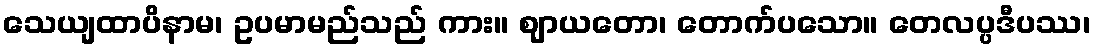
သေယျထာပိနာမ၊ ဥပမာမည်သည် ကား။ ဈာယတော၊ တောက်ပသော။ တေလပ္ပဒီပဿ၊